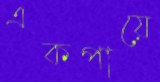
একপায়ে